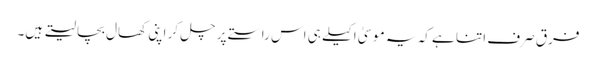
فرق صرف اتنا ہے کہ یہ موسیٰ اکیلے ہی اس راستے پر چل کر اپنی کھال بچا لیتے ہیں۔